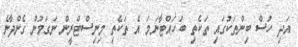
އަދި ހުސް ބިންތަކުގައި ތަކެތި ބަހައްޓާނަމަ އެ ތަކެތި މިނިސްޓްރީން ނަގަމުން ގެންދާނެ